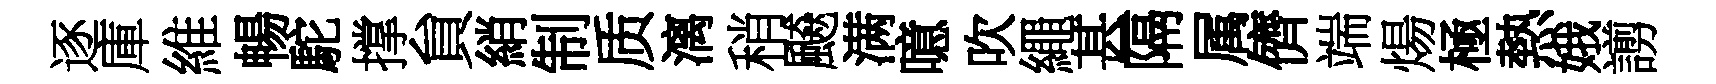
逐庫維暢駝撑貟綃制质漓稍飇满噫吹繩甚隔属儕端煬極熱娥謭